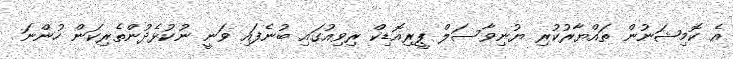
އެ ކޮމިޝަނުން ތައްޔާރުކުރި ޔުނިވާސަލް ޕީރިއޮޑިކް ރިވިއުގައި ބުނެފައި ވަނީ ނުކުޅެދުންތެރިކަން ހުންނަ